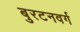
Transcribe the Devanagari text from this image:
बुरटनवर्ग